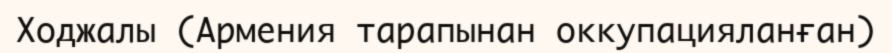
Ходжалы (Армения тарапынан оккупацияланған)